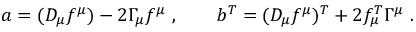
a = ( D _ { \mu } f ^ { \mu } ) - 2 \Gamma _ { \mu } f ^ { \mu } \ , \qquad b ^ { T } = ( D _ { \mu } f ^ { \mu } ) ^ { T } + 2 f _ { \mu } ^ { T } \Gamma ^ { \mu } \ .